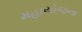
મહાયોજના